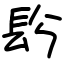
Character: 䦇